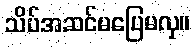
သိပ်အဆင်မပြေမလှ။